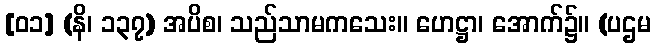
[၀၁] (နိ၊ ၁၃၇) အပိစ၊ သည်သာမကသေး။ ဟေဋ္ဌာ၊ အောက်၌။ (ပဌမ